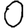
Digit: 0